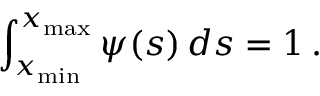
\int _ { x _ { \mathrm { m i n } } } ^ { x _ { \mathrm { m a x } } } \psi ( s ) \, d s = 1 \, .